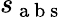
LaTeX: s_{\mathrm{~a~b~s~}}